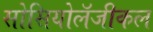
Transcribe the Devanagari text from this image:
सोसियोलॅजीकल